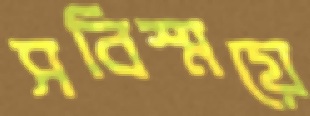
সবিস্ময়ে